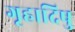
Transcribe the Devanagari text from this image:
गृहादिषु